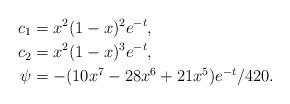
LaTeX: \begin{align*} c_1 & =x^2(1-x)^2e^{-t}, \\ c_2 &= x^2(1-x)^3e^{-t}, \\\psi & = -(10x^7-28x^6+21x^5)e^{-t}/420.\end{align*}